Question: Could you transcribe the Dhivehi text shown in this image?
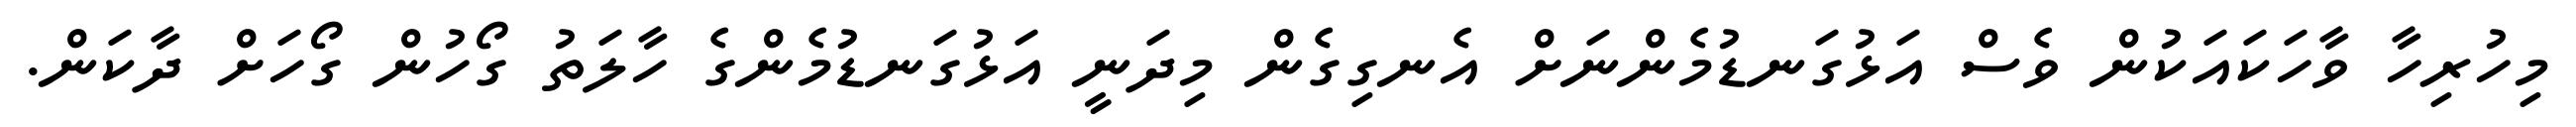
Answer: މިހުރިހާ ވާހަކައަކުން ވެސް އަޅުގަނޑުމެންނަށް އެނގިގެން މިދަނީ އަޅުގަނޑުމެންގެ ހާލަތު ގޯހުން ގޯހަށް ދާކަން.